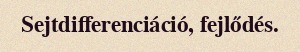
Sejtdifferenciáció, fejlődés.